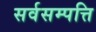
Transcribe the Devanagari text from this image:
सर्वसम्पत्ति